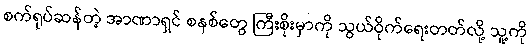
စက်ရုပ်ဆန်တဲ့ အာဏာရှင် စနစ်တွေ ကြီးစိုးမှာကို သွယ်ဝိုက်ရေးတတ်လို့ သူ့ကို